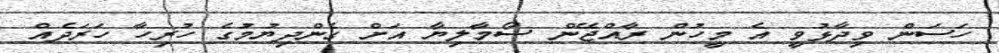
ހަސަން ވިދާޅުވީ އެ މީހުން ރާއްޖޭން ސޯމާލިޔާ އަށް ގެންދިޔުމުގެ ހުރިހާ ހަރަދެއް